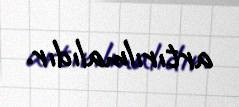
artırılmalıdır.